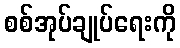
စစ်အုပ်ချုပ်ရေးကို